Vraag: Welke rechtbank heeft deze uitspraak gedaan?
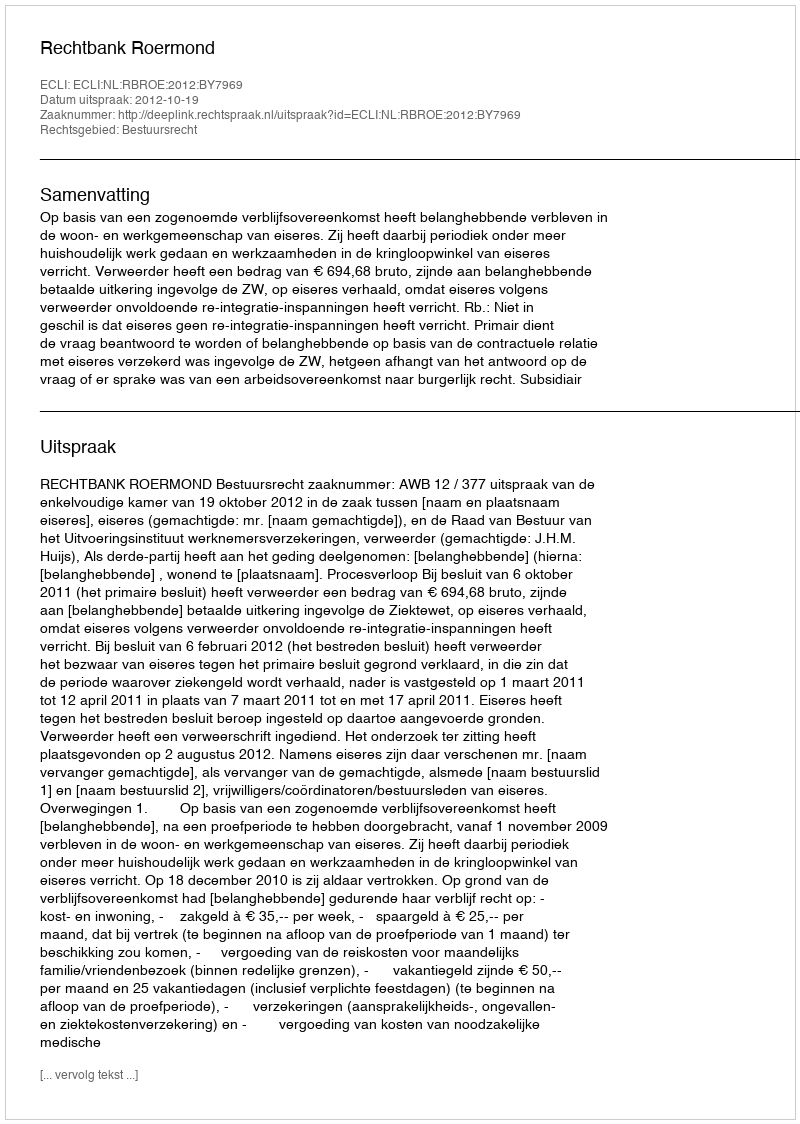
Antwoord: Rechtbank Roermond